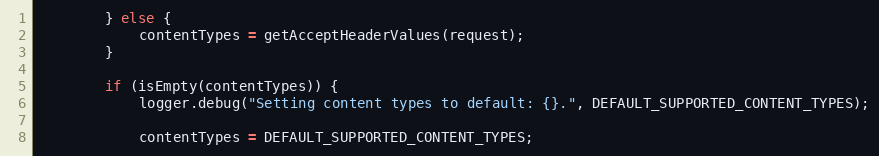
Language: Java
		} else {
			contentTypes = getAcceptHeaderValues(request);
		}

		if (isEmpty(contentTypes)) {
			logger.debug("Setting content types to default: {}.", DEFAULT_SUPPORTED_CONTENT_TYPES);

			contentTypes = DEFAULT_SUPPORTED_CONTENT_TYPES;